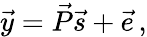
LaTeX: \vec{y}=\vec{P}\vec{s}+\vec{e}\, ,